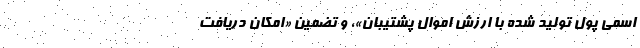
اسمی پول تولید شده با ارزش اموال پشتیبان»، و تضمین «امکان دریافت